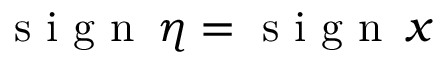
\textrm { s i g n } \, \eta = \textrm { s i g n } \, x